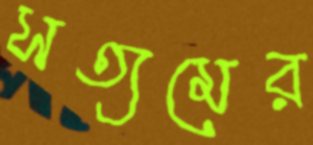
সত্যমের